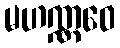
မဟဏ္ဏဝေ